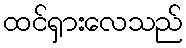
ထင်ရှားလေသည်